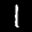
Label: 1